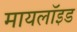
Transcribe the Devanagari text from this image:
मायलॉइड